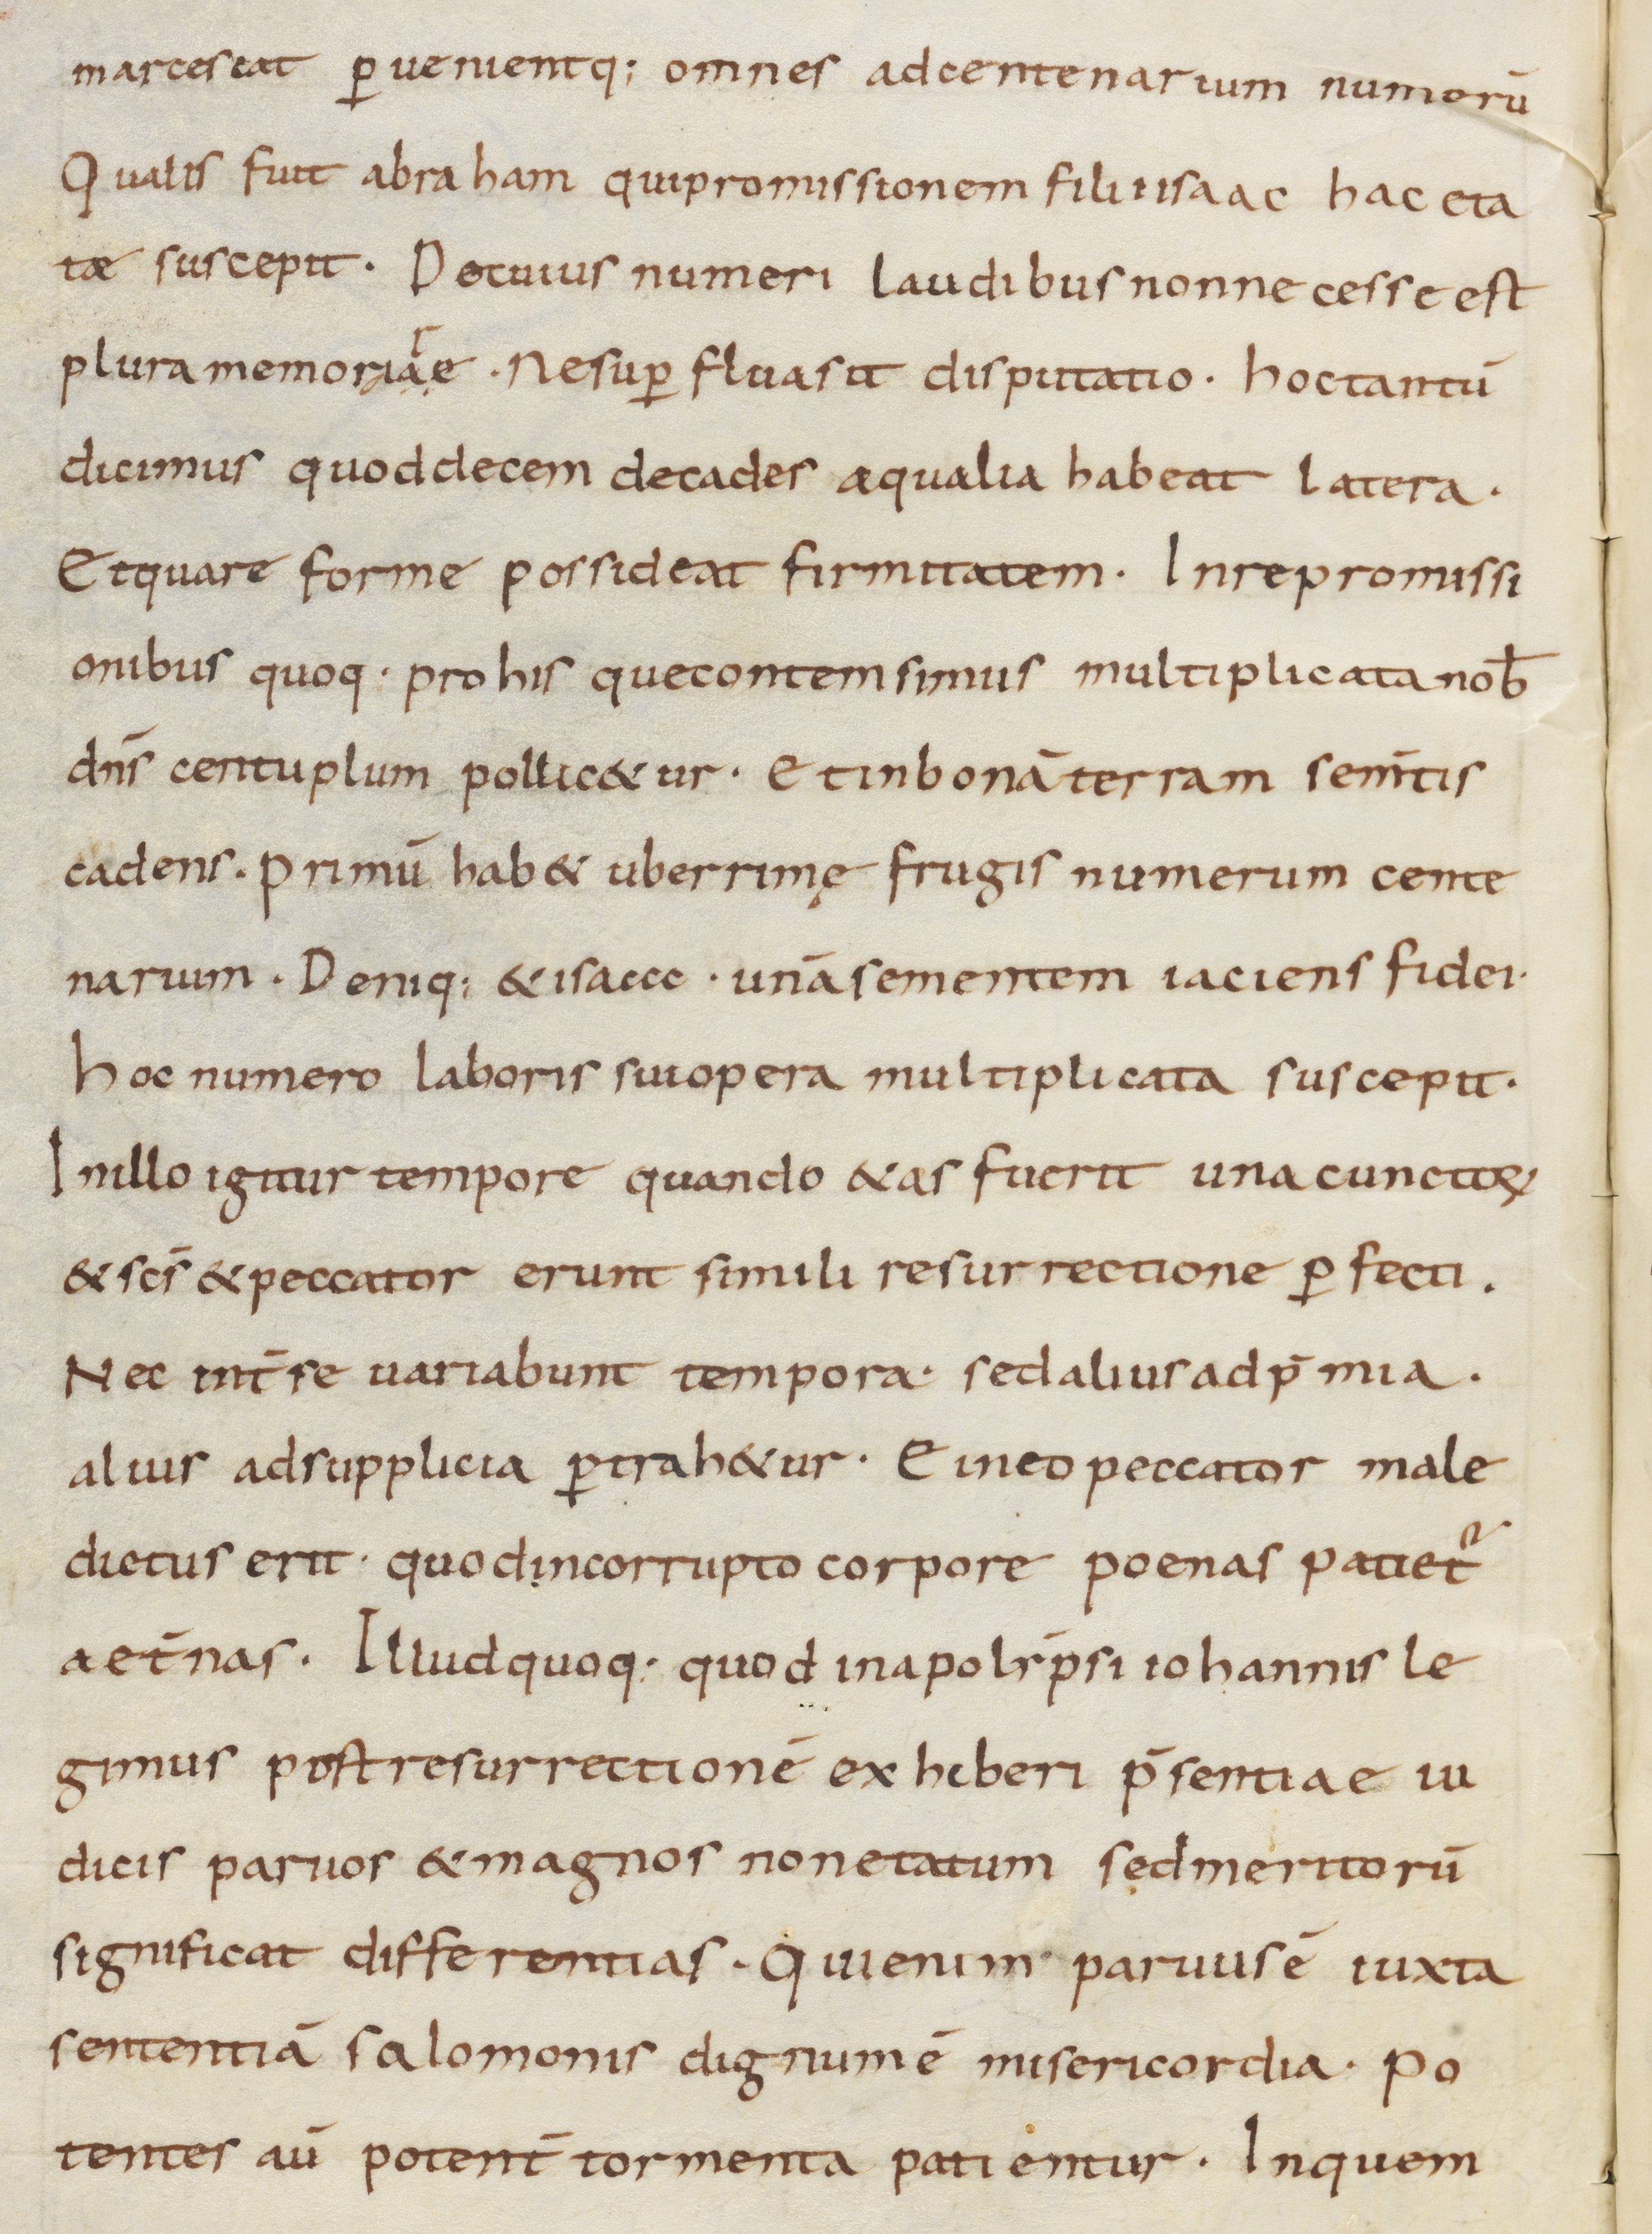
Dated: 800–899